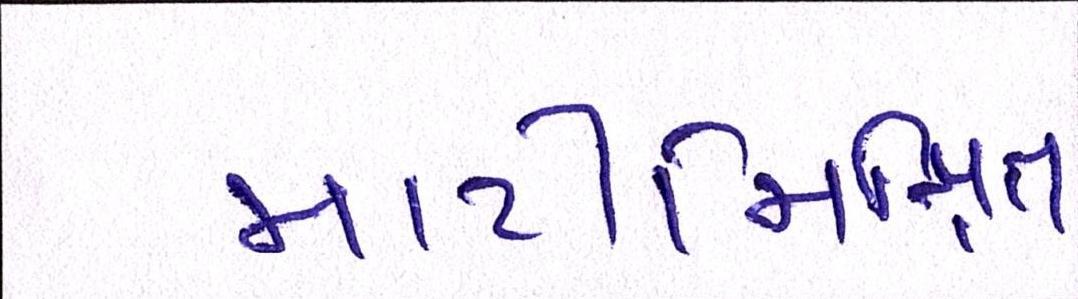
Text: માટીમિશ્રિત